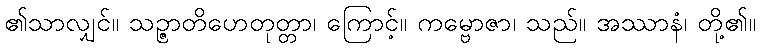
၏သာလျှင်။ သဉ္ဇာတိဟေတုတ္တာ၊ ကြောင့်။ ကမ္ဗောဇာ၊ သည်။ အဿာနံ၊ တို့၏။